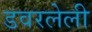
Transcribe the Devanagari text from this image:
डवरलेली